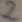
Text: 2